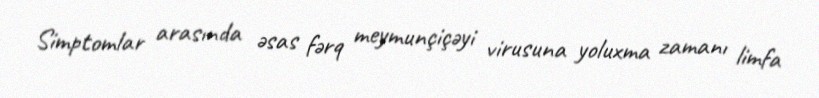
Simptomlar arasında əsas fərq meymunçiçəyi virusuna yoluxma zamanı limfa